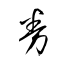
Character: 券